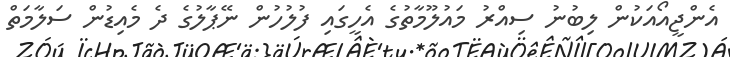
އެންޖީއޯއަކުން ލިބުނު ސިއްރު މައުލޫމާތުގެ އެހީގައި ފުލުހުން ނޭޕާލުގެ ދެ މެއިޑުން ސަލާމަތް